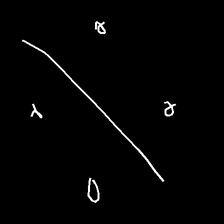
Glyph: cool